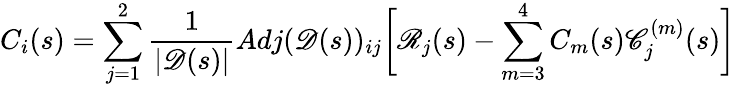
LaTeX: C_{i}(s)=\sum_{j=1}^{2}\frac{1}{|\mathscr{D}(s)|}Adj(\mathscr{D}(s))_{ij}\bigg[\mathscr{R}_{j}(s)-\sum_{m=3}^{4}C_{m}(s)\mathscr{C}_{j}^{(m)}(s)\bigg]